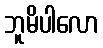
ဘူမိပါလော